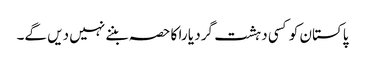
پاکستان کو کسی دہشت گرد یا را کا حصہ بننے نہیں دیں گے۔